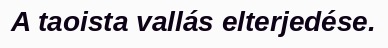
A taoista vallás elterjedése.